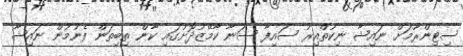
ސިޓިންރޫމަށް ނައިޝާ ނިކުތްއިރު ސައިފާ ސަނާ ކާމޭޒުދޮށުގައި ކާން ތިބިތަން ފެނުމުން ނައިޝާ